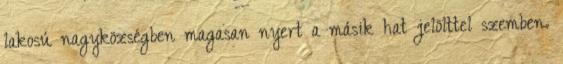
lakosú nagyközségben magasan nyert a másik hat jelölttel szemben.